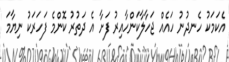
އެކަމަކު ހެނދުނު ހައެއް ޖަހާލާކަންހާއިރު ފަށާ އެ ދަތުރު ކޮންމެ ފަހަރަކު ނިޔާމަ